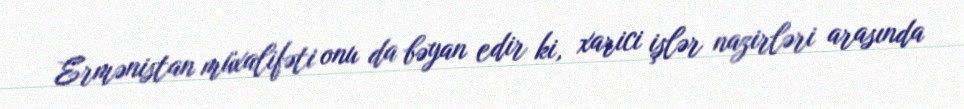
Ermənistan müxalifəti onu da bəyan edir ki, xarici işlər nazirləri arasında